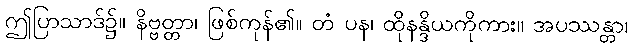
ဤပြာသာဒ်၌။ နိဗ္ဗတ္တာ၊ ဖြစ်ကုန်၏။ တံ ပန၊ ထိုနန္ဒိယကိုကား။ အပဿန္တာ၊